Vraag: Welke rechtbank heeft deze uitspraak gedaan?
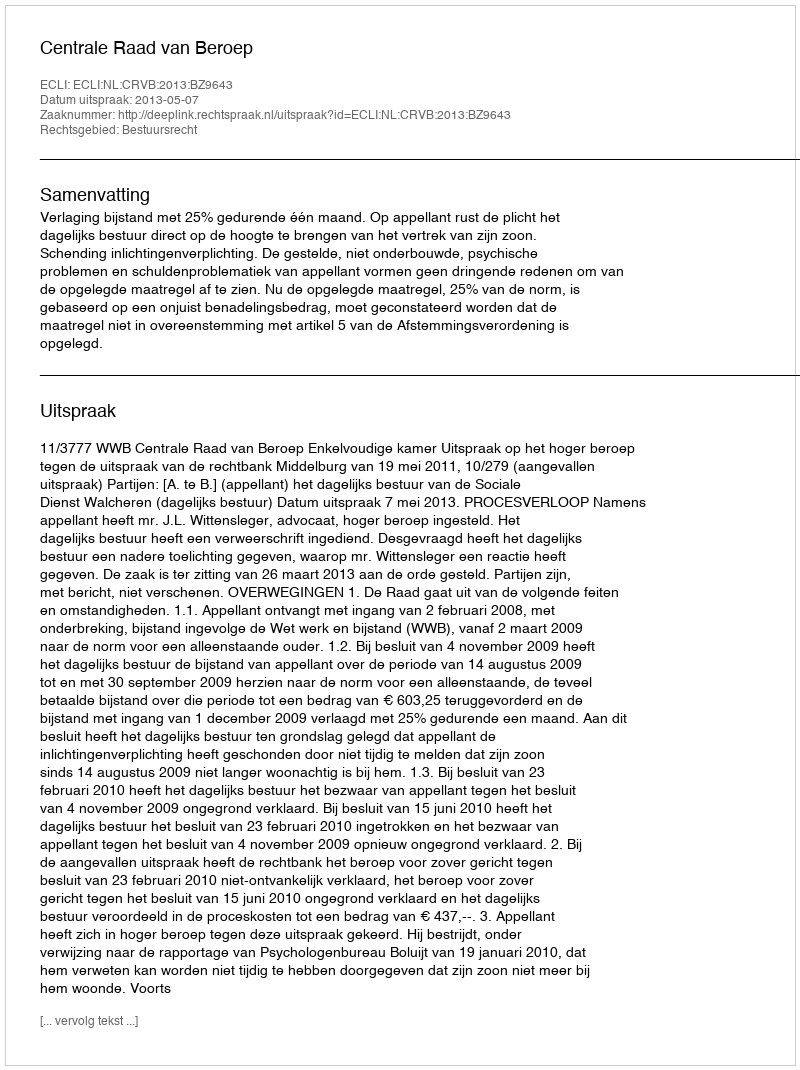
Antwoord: Centrale Raad van Beroep